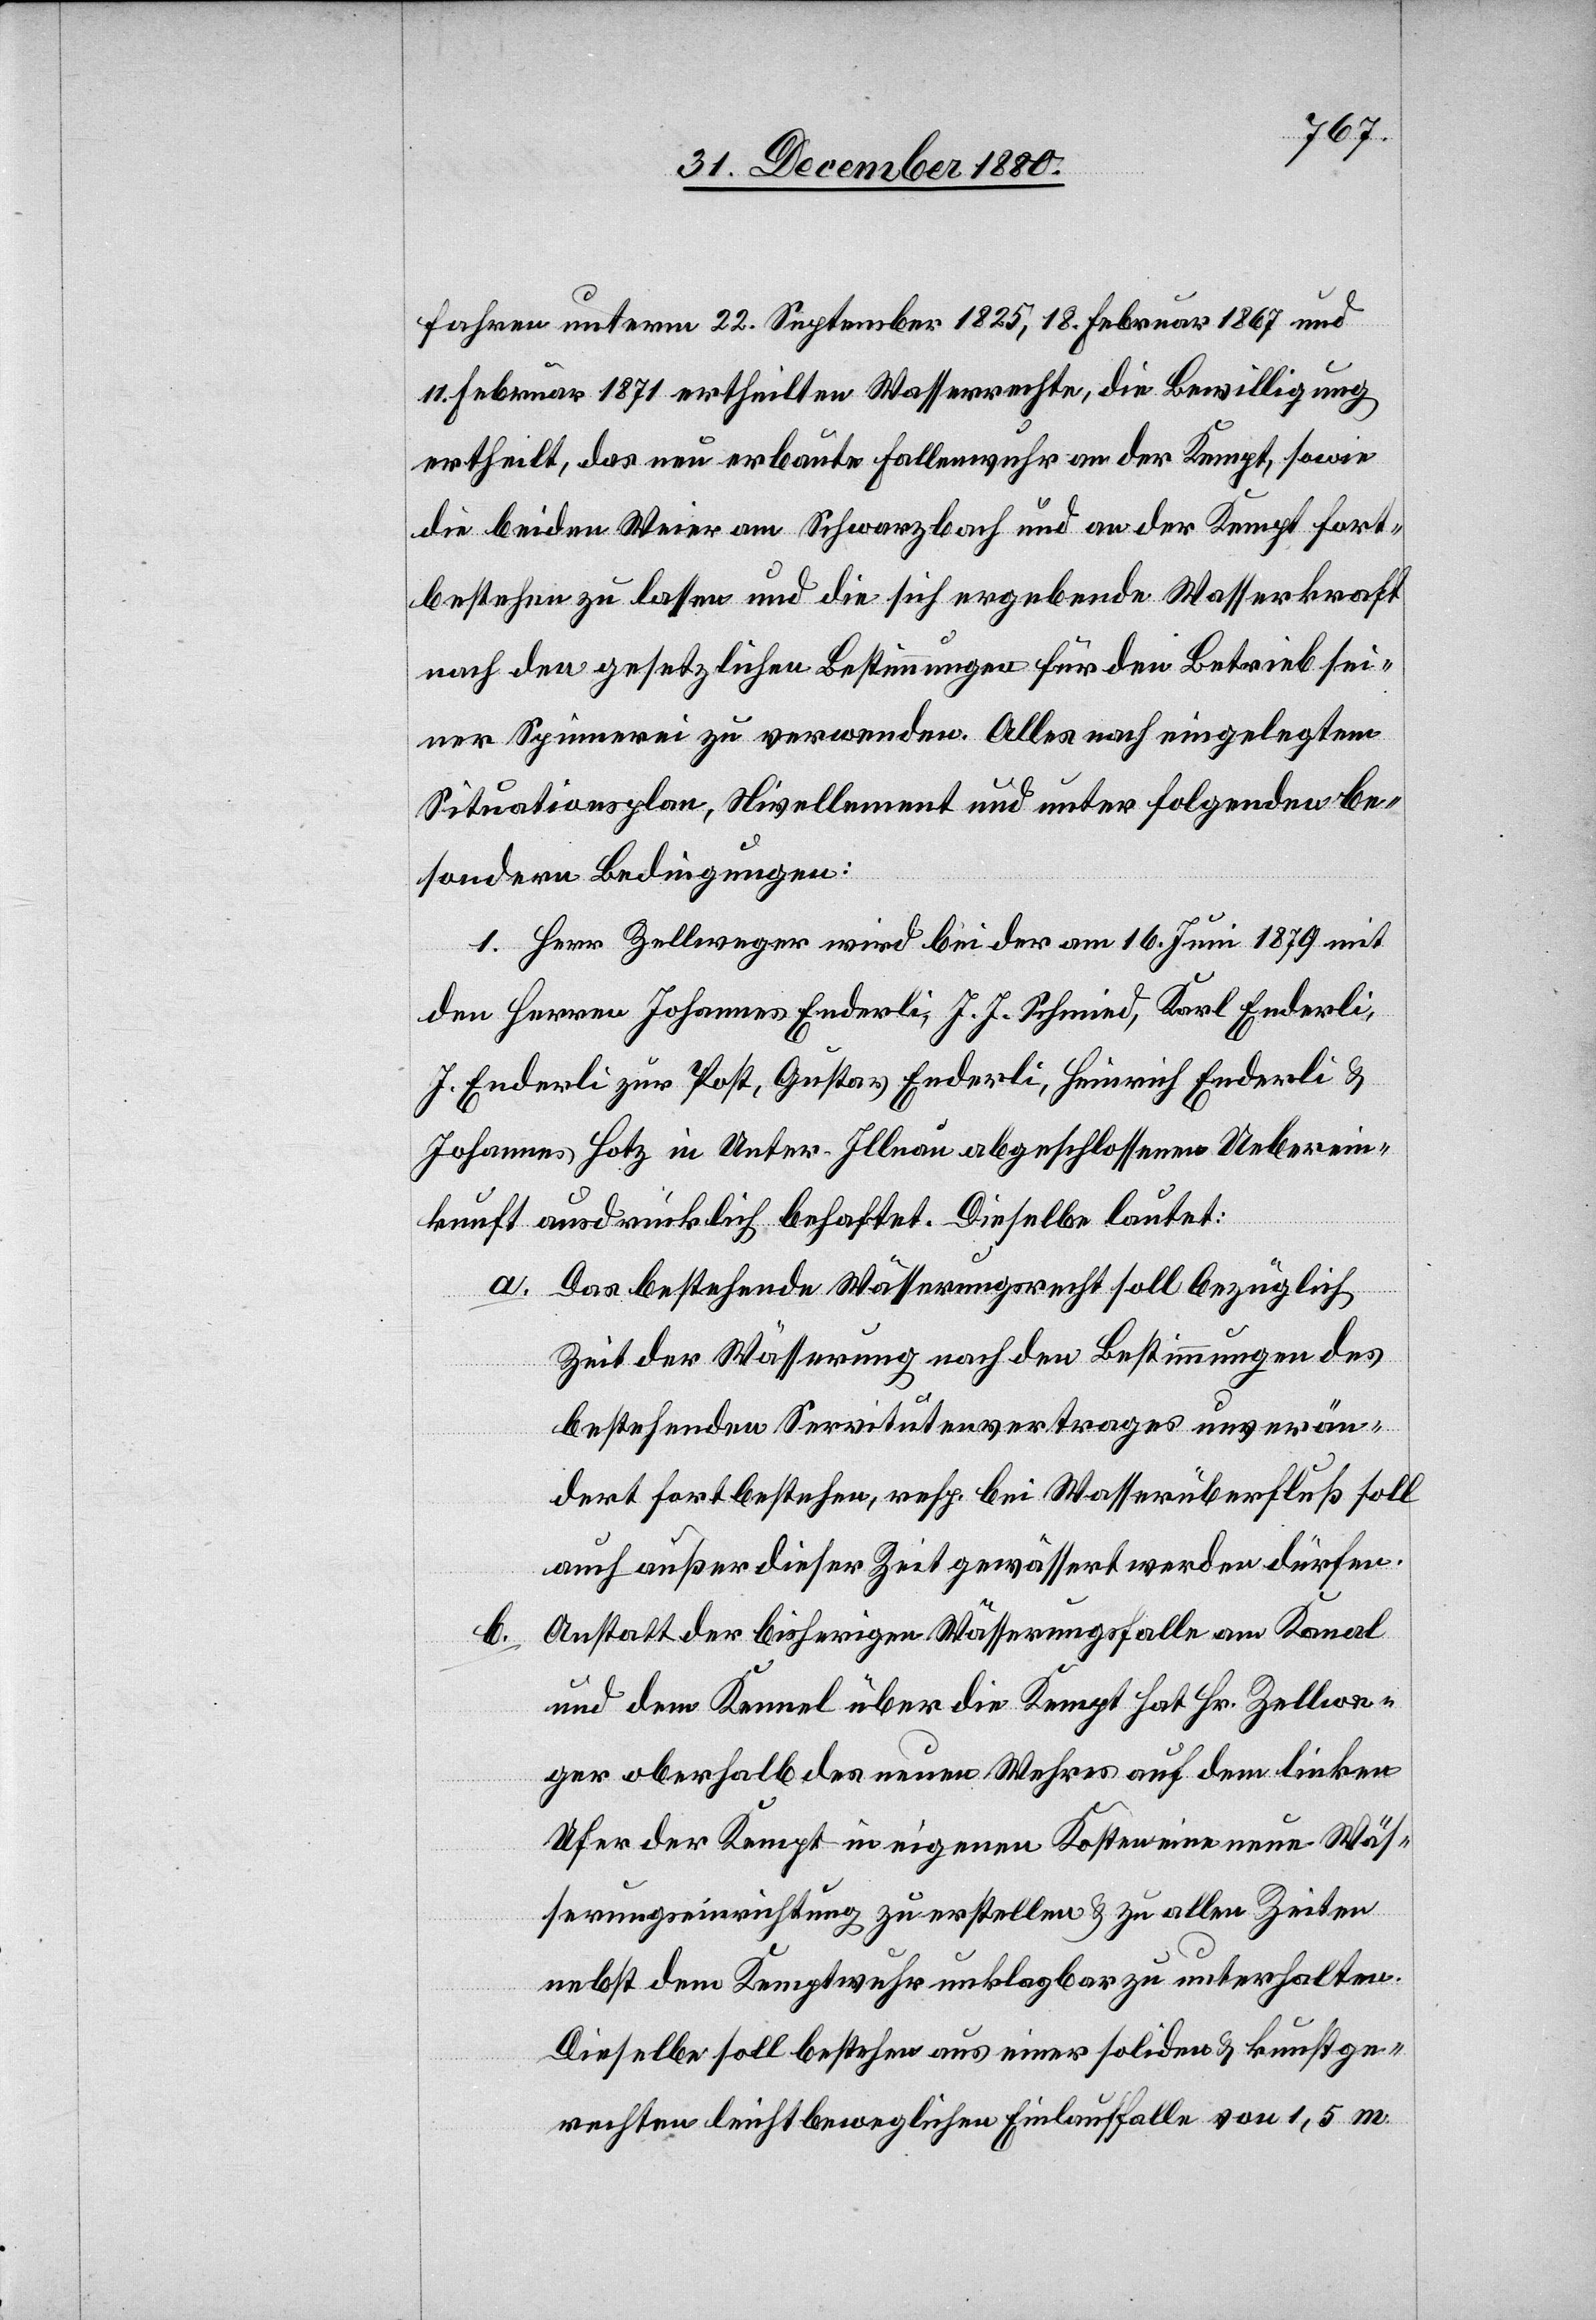
fahren unterm 22. September 1825, 18. Februar 1867 und
11. Februar 1871 ertheilten Wasserrechte, die Bewilligung
ertheilt, das neu erbaute Fallenwuhr an der Kempt, sowie
die beiden Weier am Schwarzbach und an der Kempt fort¬
bestehen zu lassen und die sich ergebende Wasserkraft
nach den gesetzlichen Bestimmungen für den Betrieb sei¬
ner Spinnerei zu verwenden. Alles nach eingelegtem
Situationsplan, Nivellement und unter folgenden be¬
sondern Bedingungen:
1. Herr Zellweger wird bei der am 16. Juni 1879 mit
den Herren Johannes Enderli, J. J. Schmid, Karl Enderli,
J. Enderli zur Post, Gustav Enderli, Heinrich Enderli &
Johannes Hotz in Unter-Illnau abgeschlossenen Ueberein¬
kunft ausdrücklich behaftet. Dieselbe lautet:
a. Das bestehende Wässerungsrecht soll bezüglich
Zeit der Wässerung nach den Bestimmungen des
bestehenden Servitutenvertrages unverän¬
dert fortbestehen, resp. bei Wasserüberfluß soll
auch außer dieser Zeit gewässert werden dürfen.
Anstatt der bisherigen Wässerungsfalle am Kanal
b.
und dem Kanal über die Kempt hat Hr. Zellwe¬
ger oberhalb des neuen Wehres auf dem linken
Ufer der Kempt in eigenen Kosten eine neue Wäs¬
serungseinrichtung zu erstellen & zu allen Zeiten
nebst dem Kemptwuhr unklagbar zu unterhalten.
Dieselbe soll bestehen aus einer soliden & kunstge¬
rechten leicht beweglichen Einlauffalle von 1,5 m